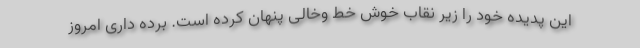
این پدیده خود را زیر نقاب خوش خط وخالی پنهان کرده است. برده داری امروز